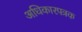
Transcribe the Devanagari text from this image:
अधिकारपत्रक